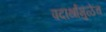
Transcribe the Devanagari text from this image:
पदार्थांमुळेच